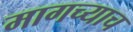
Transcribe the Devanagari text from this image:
मागच्याच